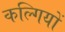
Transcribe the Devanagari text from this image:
कल्गियों